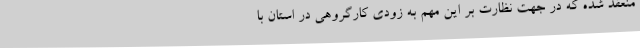
منعقد شده که در جهت نظارت بر این مهم به زودی کارگروهی در استان با